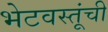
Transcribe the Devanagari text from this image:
भेटवस्तूंची